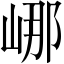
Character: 𡷙